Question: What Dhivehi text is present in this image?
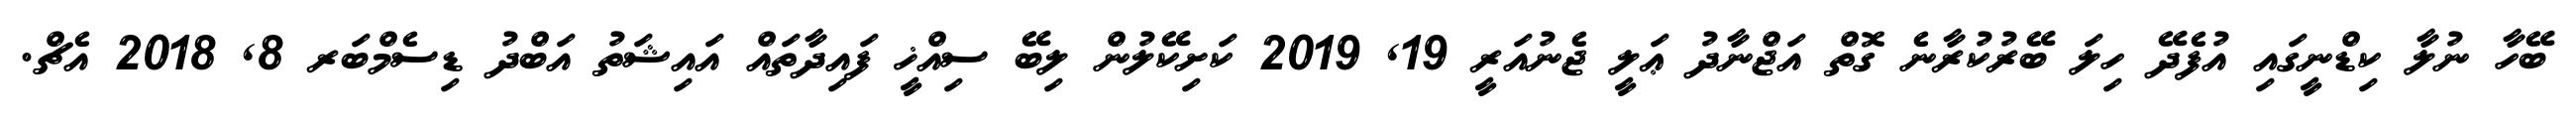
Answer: ބޭހާ ނުލާ ކިޑްނީގައި އުފެދޭ ހިލަ ބޭރުކުރާނެ ގޮތް އަޖްނާދު ޢަލީ ޖެނުއަރީ 19, 2019 ކަށިކޭލުން ލިބޭ ސިއްޚީ ފައިދާތައް އައިޝަތު އަބްދު ޑިސެމްބަރ 8, 2018 އެޗް.